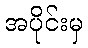
အပိုင်းမှ